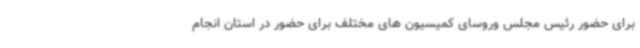
برای حضور رئیس مجلس وروسای کمیسیون های مختلف برای حضور در استان انجام